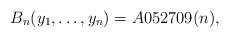
\begin{gather*}B_n(y_1,\ldots,y_n) = A052709(n),\end{gather*}